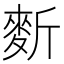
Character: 𪌍